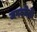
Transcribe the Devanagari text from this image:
जगज्जेती